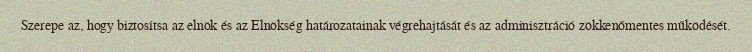
Szerepe az, hogy biztosítsa az elnök és az Elnökség határozatainak végrehajtását és az adminisztráció zökkenőmentes működését.